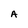
Character: A